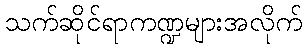
သက်ဆိုင်ရာကဏ္ဍများအလိုက်